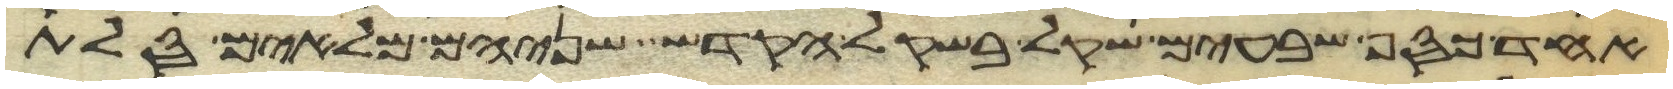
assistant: אחד כסף שבעים שקל בשקל הקדש שניהם מלאים סלת